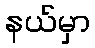
နယ်မှာ